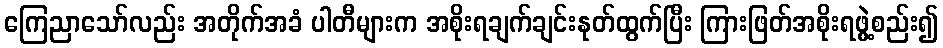
ကြေညာသော်လည်း အတိုက်အခံ ပါတီများက အစိုးရချက်ချင်းနုတ်ထွက်ပြီး ကြားဖြတ်အစိုးရဖွဲ့စည်း၍